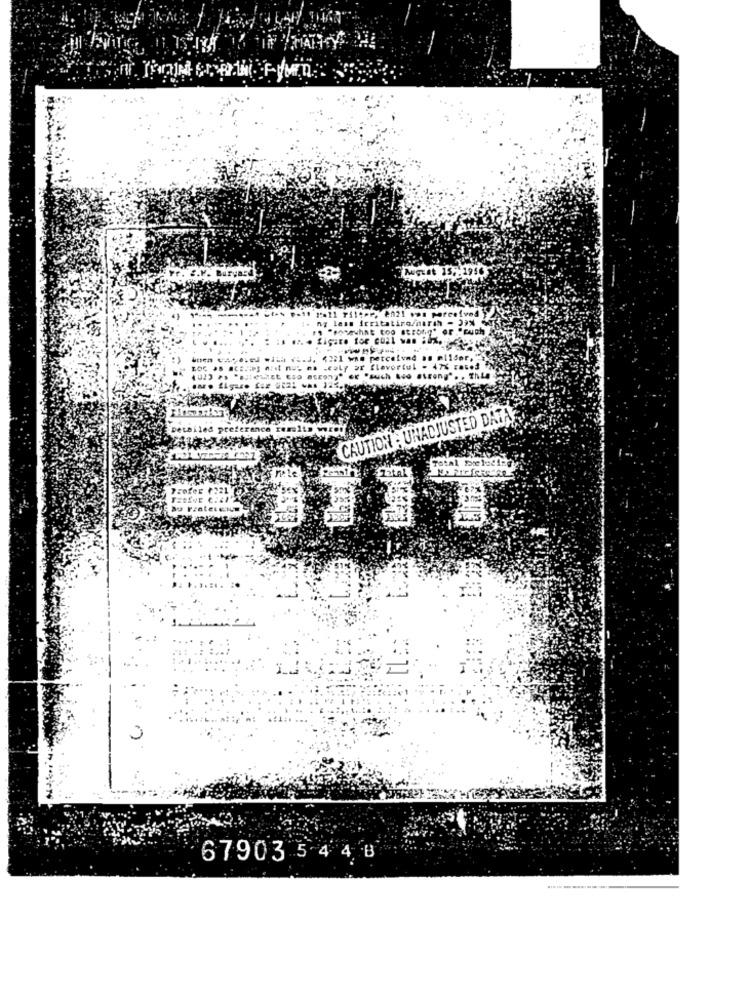
2021 vos perceived }
irritating/narah - J9%
that too strong" or "cuch
.elidor
The
CAUTION : UNADJUSTED DATA
Detoiles preter
NoPreference
67903 54 4 8